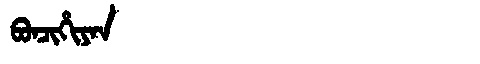
Manchu: ᠪᠣᠨᠴᡳᡥᡳᠶᠠᠨ
Romanization: BONCIHIYAN